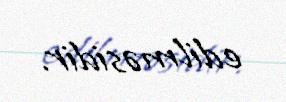
edilməsidir.